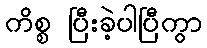
ကိစ္စ ပြီးခဲ့ပါပြီကွာ